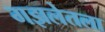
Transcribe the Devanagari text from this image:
गझलेतला